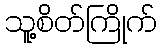
သူ့စိတ်ကြိုက်